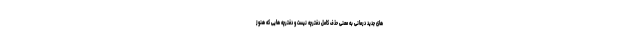
های جدید درمانی به معنی حذف کامل دفترچه نیست و دفترچه هایی که هنوز